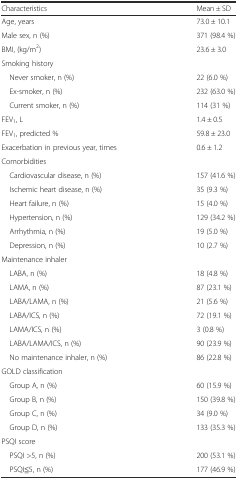
<table><thead><tr><td><b>Characteristics</b></td><td><b>Mean ± SD</b></td></tr></thead><tbody><tr><td>Age, years</td><td>73.0 ± 10.1</td></tr><tr><td>Male sex, n (%)</td><td>371 (98.4 %)</td></tr><tr><td>BMI, (kg/m<sup>2</sup>)</td><td>23.6 ± 3.0</td></tr><tr><td colspan="2">Smoking history</td></tr><tr><td> Never smoker, n (%)</td><td>22 (6.0 %)</td></tr><tr><td> Ex-smoker, n (%)</td><td>232 (63.0 %)</td></tr><tr><td> Current smoker, n (%)</td><td>114 (31 %)</td></tr><tr><td>FEV<sub>1</sub>, L</td><td>1.4 ± 0.5</td></tr><tr><td>FEV<sub>1</sub>, predicted %</td><td>59.8 ± 23.0</td></tr><tr><td>Exacerbation in previous year, times</td><td>0.6 ± 1.2</td></tr><tr><td colspan="2">Comorbidities</td></tr><tr><td> Cardiovascular disease, n (%)</td><td>157 (41.6 %)</td></tr><tr><td> Ischemic heart disease, n (%)</td><td>35 (9.3 %)</td></tr><tr><td> Heart failure, n (%)</td><td>15 (4.0 %)</td></tr><tr><td> Hypertension, n (%)</td><td>129 (34.2 %)</td></tr><tr><td> Arrhythmia, n (%)</td><td>19 (5.0 %)</td></tr><tr><td> Depression, n (%)</td><td>10 (2.7 %)</td></tr><tr><td colspan="2">Maintenance inhaler</td></tr><tr><td> LABA, n (%)</td><td>18 (4.8 %)</td></tr><tr><td> LAMA, n (%)</td><td>87 (23.1 %)</td></tr><tr><td> LABA/LAMA, n (%)</td><td>21 (5.6 %)</td></tr><tr><td> LABA/ICS, n (%)</td><td>72 (19.1 %)</td></tr><tr><td> LAMA/ICS, n (%)</td><td>3 (0.8 %)</td></tr><tr><td> LABA/LAMA/ICS, n (%)</td><td>90 (23.9 %)</td></tr><tr><td> No maintenance inhaler, n (%)</td><td>86 (22.8 %)</td></tr><tr><td colspan="2">GOLD classification</td></tr><tr><td> Group A, n (%)</td><td>60 (15.9 %)</td></tr><tr><td> Group B, n (%)</td><td>150 (39.8 %)</td></tr><tr><td> Group C, n (%)</td><td>34 (9.0 %)</td></tr><tr><td> Group D, n (%)</td><td>133 (35.3 %)</td></tr><tr><td colspan="2">PSQI score</td></tr><tr><td> PSQI &gt;5, n (%)</td><td>200 (53.1 %)</td></tr><tr><td> PSQI≦5, n (%)</td><td>177 (46.9 %)</td></tr></tbody></table>